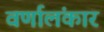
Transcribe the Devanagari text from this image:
वर्णालंकार